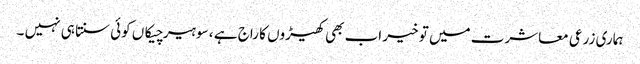
ہماری زرعی معاشرت میں تو خیر اب بھی کھیڑوں کا راج ہے ، سو ہیر چیکاں کوئی سنتا ہی نہیں ۔